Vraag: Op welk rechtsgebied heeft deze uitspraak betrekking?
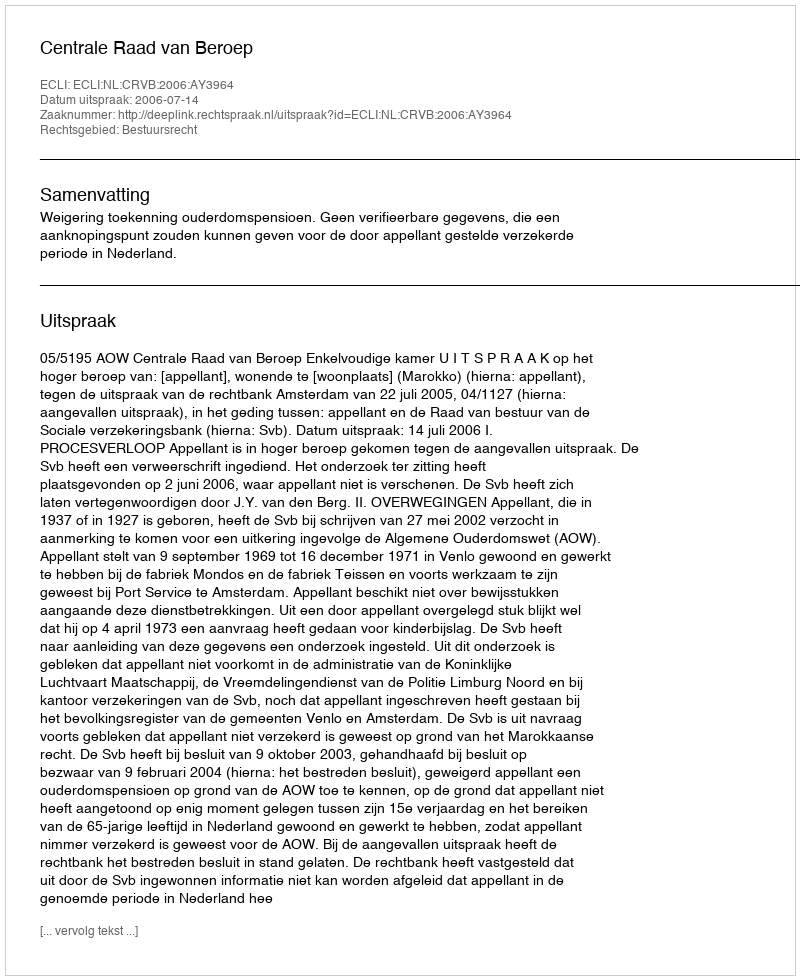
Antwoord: Bestuursrecht